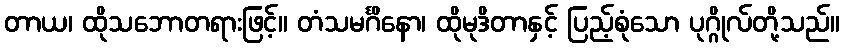
တာယ၊ ထိုသဘောတရားဖြင့်။ တံသမင်္ဂိနော၊ ထိုမုဒိတာနှင့် ပြည့်စုံသော ပုဂ္ဂိုလ်တို့သည်။